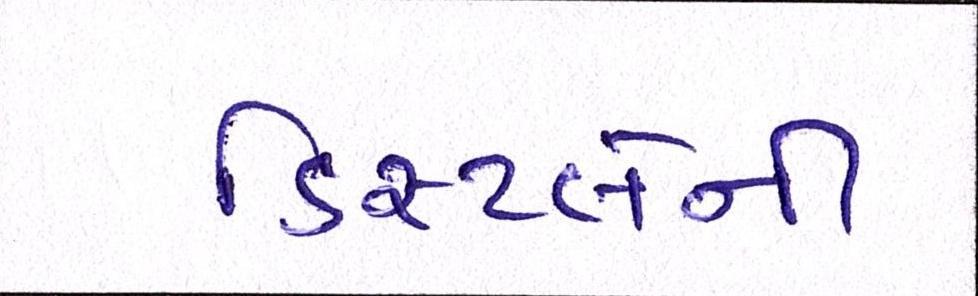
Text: ડિસ્પ્લેની